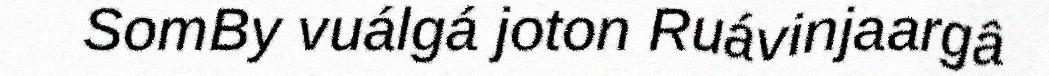
SomBy vuálgá joton Ruávinjaargâ